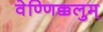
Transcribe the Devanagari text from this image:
वेण्णिक्कलुम्